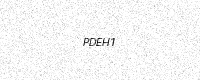
Text: PDEH1